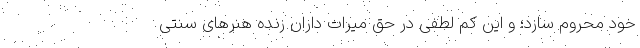
خود محروم سازد؛ و این کم لطفی در حق میراث داران زنده هنر‌های سنتی